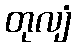
တုလျံ